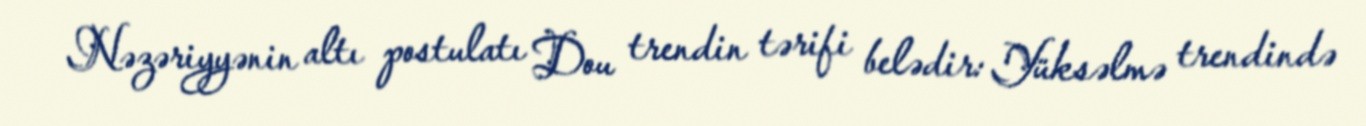
Nəzəriyyənin altı postulatı Dou trendin tərifi belədir: Yüksəlmə trendində